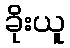
ခိုးယူ